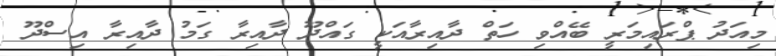
މިއަދު ޕްރައިމަރީ ބޭއްވި ހަތް ދާއިރާއަކީ ގައްދޫ ދާއިރާ ގަމު ދާއިރާ އިސްދޫ